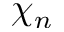
\chi _ { n }